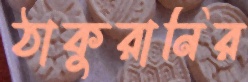
ঠাকুরানির